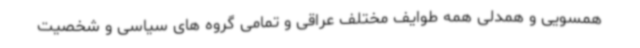
همسویی و همدلی همه طوایف مختلف عراقی و تمامی گروه های سیاسی و شخصیت